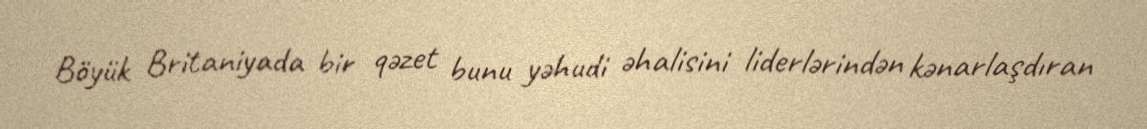
Böyük Britaniyada bir qəzet bunu yəhudi əhalisini liderlərindən kənarlaşdıran